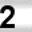
Digit: 2